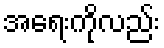
အရေးကိုလည်း